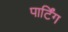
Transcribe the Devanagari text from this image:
पार्टिंग